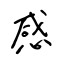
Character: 感